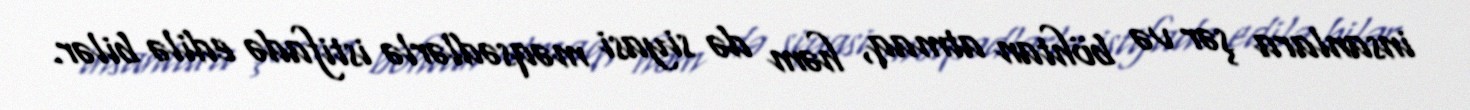
insanlara şər və böhtan atmaq, həm də siyasi məqsədlərlə istifadə edilə bilər.